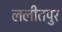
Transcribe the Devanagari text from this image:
ललीतपुर